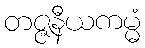
တဇ္ဇနီယကမ္မံ